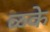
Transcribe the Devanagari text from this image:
ळके